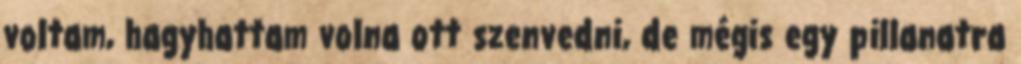
voltam, hagyhattam volna ott szenvedni, de mégis egy pillanatra